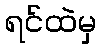
ရင်ထဲမှ